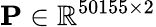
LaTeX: \mathbf{P}\in\mathbb{R}^{50155\times 2}